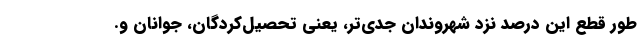
طور قطع این درصد نزد شهروندان جدی‌تر، یعنی تحصیل‌کردگان، جوانان و.